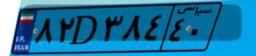
۸۲D۳۸۴۴۰